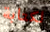
لكتابة